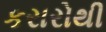
કરારોથી